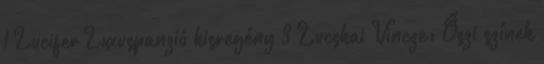
1 Lucifer Luxuspanzió kisregény 3 Lucskai Vincze: Őszi színek